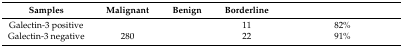
<table><thead><tr><td><b>Samples</b></td><td><b>Malignant</b></td><td><b>Benign</b></td><td><b>Borderline</b></td><td>[EMPTY_CELL]</td></tr></thead><tbody><tr><td>Galectin-3 positive</td><td>[EMPTY_CELL]</td><td>[EMPTY_CELL]</td><td>11</td><td>82%</td></tr><tr><td>Galectin-3 negative</td><td>280</td><td>[EMPTY_CELL]</td><td>22</td><td>91%</td></tr></tbody></table>